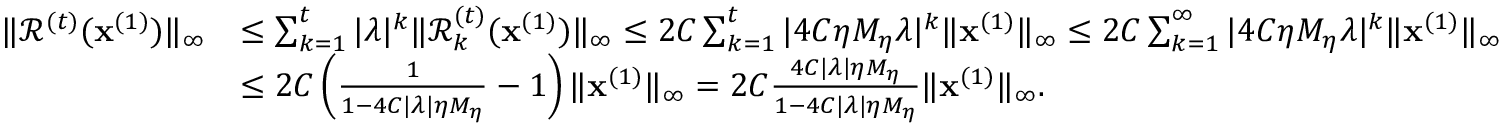
\begin{array} { r l } { \| \mathcal { R } ^ { ( t ) } ( \mathbf { x } ^ { ( 1 ) } ) \| _ { \infty } } & { \leq \sum _ { k = 1 } ^ { t } | \lambda | ^ { k } \| \mathcal { R } _ { k } ^ { ( t ) } ( \mathbf { x } ^ { ( 1 ) } ) \| _ { \infty } \leq 2 C \sum _ { k = 1 } ^ { t } | 4 C \eta M _ { \eta } \lambda | ^ { k } \| \mathbf { x } ^ { ( 1 ) } \| _ { \infty } \leq 2 C \sum _ { k = 1 } ^ { \infty } | 4 C \eta M _ { \eta } \lambda | ^ { k } \| \mathbf { x } ^ { ( 1 ) } \| _ { \infty } } \\ & { \leq 2 C \left( \frac { 1 } { 1 - 4 C | \lambda | \eta M _ { \eta } } - 1 \right) \| \mathbf { x } ^ { ( 1 ) } \| _ { \infty } = 2 C \frac { 4 C | \lambda | \eta M _ { \eta } } { 1 - 4 C | \lambda | \eta M _ { \eta } } \| \mathbf { x } ^ { ( 1 ) } \| _ { \infty } . } \end{array}